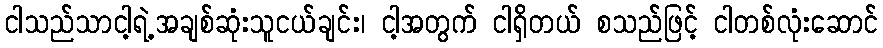
ငါသည်သာငါ့ရဲ့အချစ်ဆုံးသူငယ်ချင်း၊ ငါ့အတွက် ငါရှိတယ် စသည်ဖြင့် ငါတစ်လုံးဆောင်